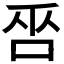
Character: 𠱦